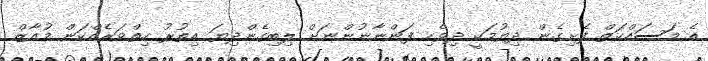
އެ މަސައްކަތް ފެށިގެން ދިޔުމަކީ ދިވެހި ފަންނާނުންނަށް ލިބިގެންދިޔަ އިތުރު ހިތްވަރެއްކަން މުއާޒް